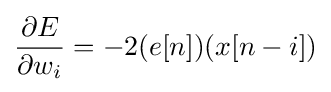
{\frac {\partial E}{\partial w_{i}}}=-2(e[n])(x[n-i])